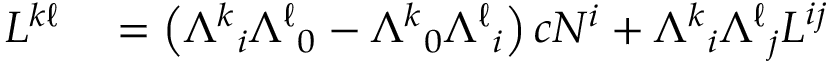
\begin{array} { r l } { L ^ { k \ell } } & { { } = \left( { \Lambda ^ { k } } _ { i } { \Lambda ^ { \ell } } _ { 0 } - { \Lambda ^ { k } } _ { 0 } { \Lambda ^ { \ell } } _ { i } \right) c N ^ { i } + { \Lambda ^ { k } } _ { i } { \Lambda ^ { \ell } } _ { j } L ^ { i j } } \end{array}